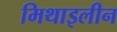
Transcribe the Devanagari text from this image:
मिथाइलीन